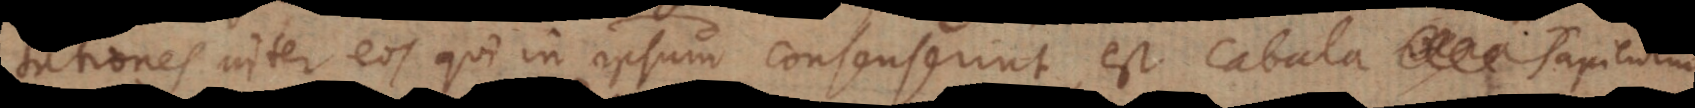
ationes inter eos qui in ipsum consenserint; est Cabala vera